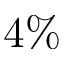
4 \%